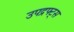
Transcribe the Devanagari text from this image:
उपद्रफ्ट्स